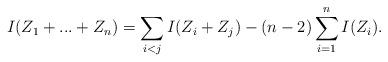
LaTeX: \begin{align*}I(Z_1 +...+Z_n)= \sum_{i<j}I(Z_i +Z_j) - (n-2) \sum_{i=1}^n I(Z_i).\end{align*}